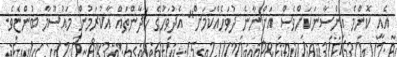
އެއީ ކޮންމެ އިންސާނަކަށްވެސް އަންނާނެ ދުވަހެއްކަމަށް" އެދުވަހުގެ ހަދާންތައް އާކުރަމުން މައުސޫމާ ބުންޏެވެ.